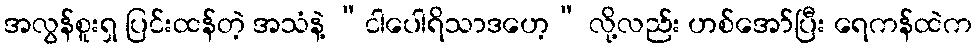
အလွန်စူးရှ ပြင်းထန်တဲ့ အသံနဲ့ “ငါပေါရိသာဒဟေ့” လို့လည်း ဟစ်အော်ပြီး ရေကန်ထဲက